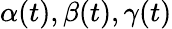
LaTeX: \alpha(t),\beta(t),\gamma(t)